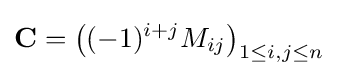
\mathbf {C} =\left((-1)^{i+j}M_{ij}\right)_{1\leq i,j\leq n}